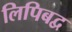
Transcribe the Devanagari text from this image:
लिपिबद्व